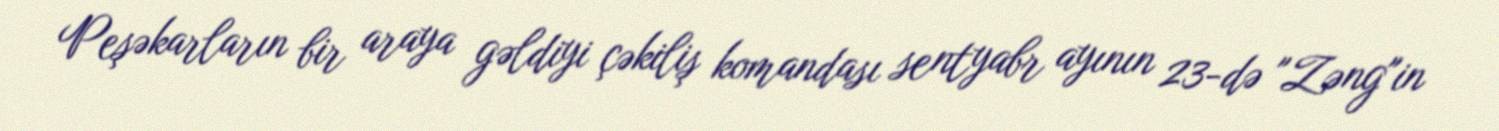
Peşəkarların bir araya gəldiyi çəkiliş komandası sentyabr ayının 23-də "Zəng"in